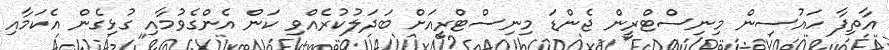
އާތިފާ ހައުސިން މިނިސްޓްރީން ޖެންޑަ މިނިސްޓްރީއަށް ބަދަލުކުރެއްވި ކަން އެންގެވުމާއި ގުޅިގެން އެކަމާއި